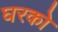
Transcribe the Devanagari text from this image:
घरको